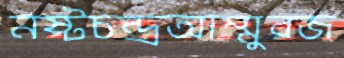
নষ্টচন্দ্রআম্মুরজ